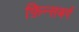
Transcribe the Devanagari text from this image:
फ़िन्सबर्ग